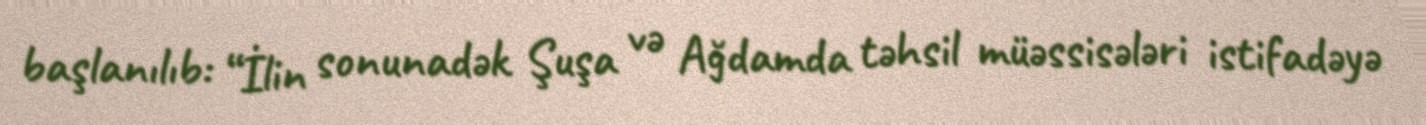
başlanılıb: “İlin sonunadək Şuşa və Ağdamda təhsil müəssisələri istifadəyə